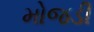
મોજડી